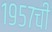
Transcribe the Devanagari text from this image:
१९५७ची